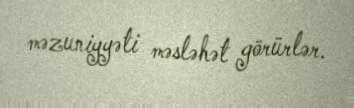
məzuniyyəti məsləhət görürlər.